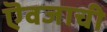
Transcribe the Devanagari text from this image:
ऎवजाची